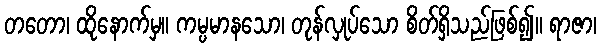
တတော၊ ထိုနောက်မှ။ ကမ္ပမာနသော၊ တုန်လှုပ်သော စိတ်ရှိသည်ဖြစ်၍။ ရာဇာ၊